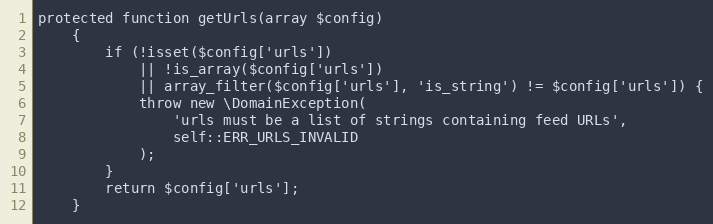
Language: PHP
protected function getUrls(array $config)
    {
        if (!isset($config['urls'])
            || !is_array($config['urls'])
            || array_filter($config['urls'], 'is_string') != $config['urls']) {
            throw new \DomainException(
                'urls must be a list of strings containing feed URLs',
                self::ERR_URLS_INVALID
            );
        }
        return $config['urls'];
    }